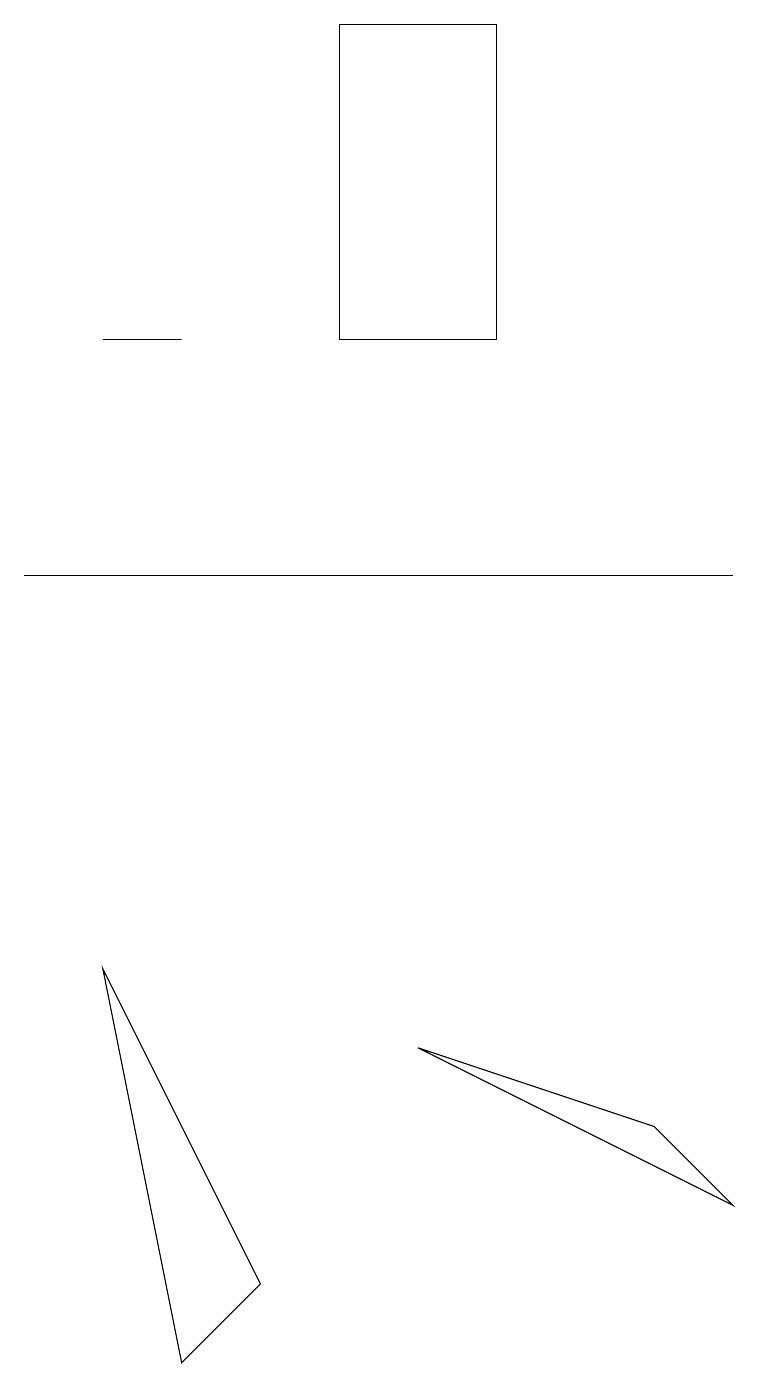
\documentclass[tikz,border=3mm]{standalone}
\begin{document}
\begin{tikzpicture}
\draw (9,12) rectangle (0,12);
\draw (1,15) rectangle (2,15);
\draw (5,6) -- (9,4) -- (8,5) -- cycle;
\draw (1,7) -- (3,3) -- (2,2) -- cycle;
\draw (4,15) rectangle (6,19);
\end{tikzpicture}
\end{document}